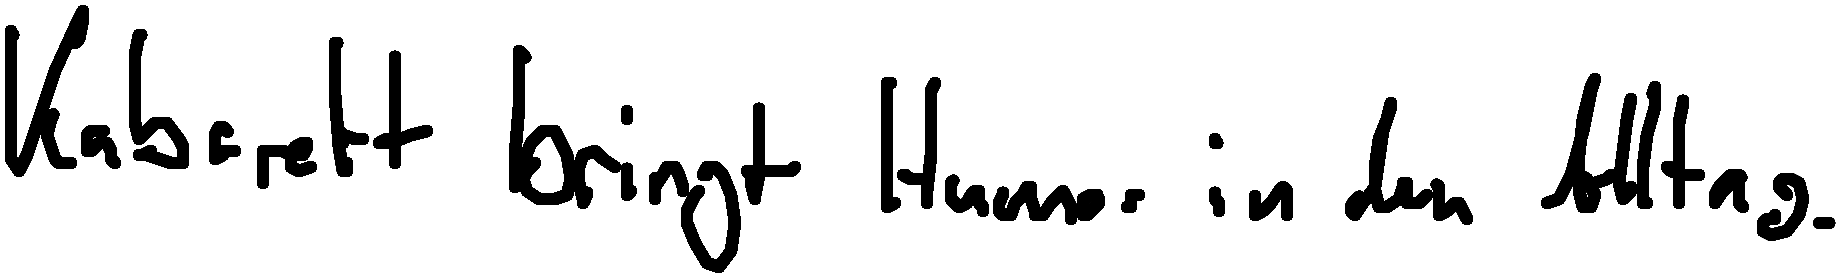
Kabarett bringt Humor in den Alltag.